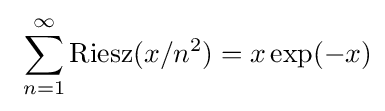
\ {\sum _{n=1}^{\infty }{\rm {Riesz}}(x/n^{2})=x\exp(-x)}